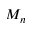
M _ { n }